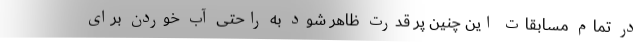
در تمام مسابقات این چنین پر قدرت ظاهر شود به راحتی آب خوردن برای